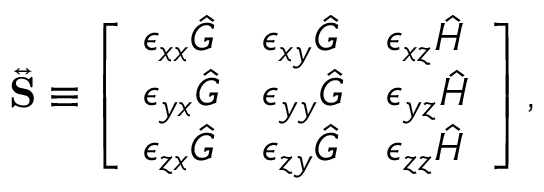
\begin{array} { r } { \overleftrightarrow { \mathbf { S } } \equiv \left[ \begin{array} { l l l } { \epsilon _ { x x } \hat { G } } & { \epsilon _ { x y } \hat { G } } & { \epsilon _ { x z } \hat { H } } \\ { \epsilon _ { y x } \hat { G } } & { \epsilon _ { y y } \hat { G } } & { \epsilon _ { y z } \hat { H } } \\ { \epsilon _ { z x } \hat { G } } & { \epsilon _ { z y } \hat { G } } & { \epsilon _ { z z } \hat { H } } \end{array} \right] , } \end{array}